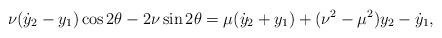
LaTeX: \begin{align*}\nu(\dot{y}_2-y_1)\cos 2\theta-2\nu\sin 2\theta=\mu(\dot{y}_2+y_1)+(\nu^2-\mu^2)y_2-\dot{y}_1, \end{align*}